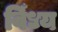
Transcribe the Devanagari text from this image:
विँध्य